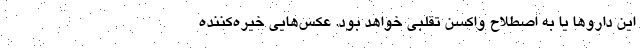
این داروها یا به اصطلاح واکسن تقلبی خواهد بود. عکس‌هایی خیره‌کننده